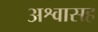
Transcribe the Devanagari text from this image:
अश्वासह